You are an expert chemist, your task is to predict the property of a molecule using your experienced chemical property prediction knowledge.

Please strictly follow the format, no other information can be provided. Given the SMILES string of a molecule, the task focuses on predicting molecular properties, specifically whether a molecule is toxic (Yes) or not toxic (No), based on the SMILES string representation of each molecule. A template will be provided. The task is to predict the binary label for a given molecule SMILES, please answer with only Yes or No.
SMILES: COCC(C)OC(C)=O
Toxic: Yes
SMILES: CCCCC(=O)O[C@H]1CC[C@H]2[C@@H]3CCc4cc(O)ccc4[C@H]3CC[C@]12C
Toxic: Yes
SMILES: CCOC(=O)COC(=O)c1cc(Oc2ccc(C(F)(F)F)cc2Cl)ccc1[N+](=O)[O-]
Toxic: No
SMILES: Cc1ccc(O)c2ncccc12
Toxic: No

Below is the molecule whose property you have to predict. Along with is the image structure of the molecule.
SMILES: CCC(C(=O)OCCN1CCOC(c2ccccc2)C1C)c1ccccc1
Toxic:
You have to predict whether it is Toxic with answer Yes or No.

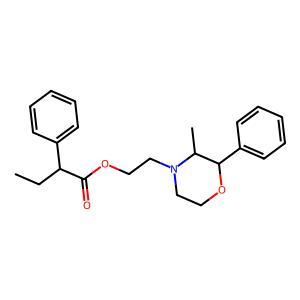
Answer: No